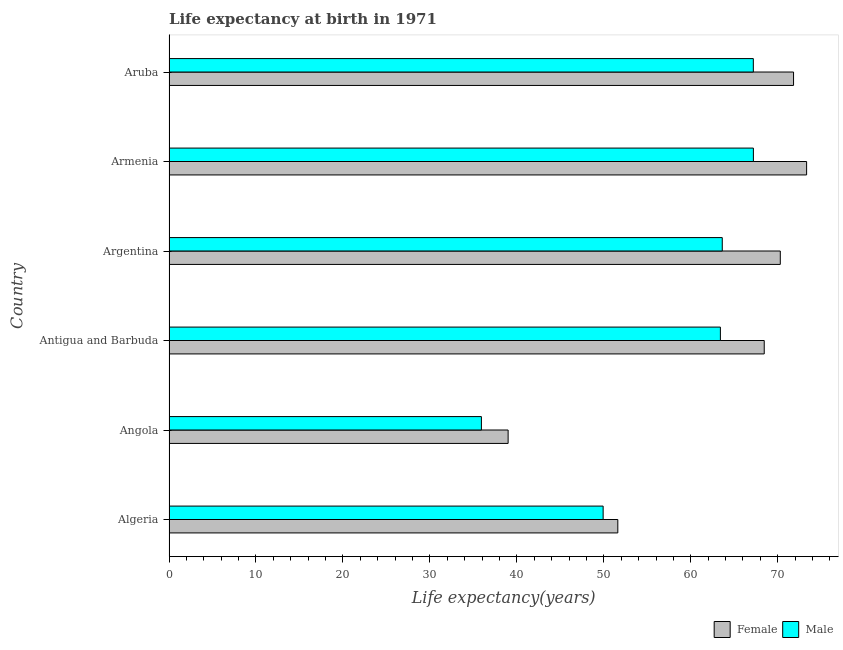
| Country | Female | Male |
 | --- | --- | --- |
 | Algeria | 51.6 | 49.9 |
 | Angola | 39 | 35.9 |
 | Antigua and Barbuda | 68.4 | 63.4 |
 | Argentina | 70.3 | 63.6 |
 | Armenia | 73.3 | 67.2 |
 | Aruba | 71.8 | 67.2 |